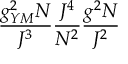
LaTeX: \frac { g _ { Y M } ^ { 2 } N } { J ^ { 3 } } \frac { J ^ { 4 } } { N ^ { 2 } } \frac { g ^ { 2 } N } { J ^ { 2 } }